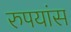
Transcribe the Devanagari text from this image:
रुपयांस